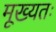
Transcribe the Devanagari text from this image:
मूख्यतः